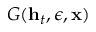
G ( \mathbf { h } _ { t } , \epsilon , \mathbf { x } )